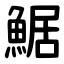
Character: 䱟